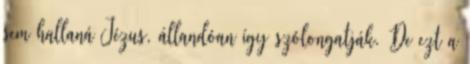
sem hallaná Jézus, állandóan így szólongatják. De ezt a